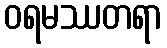
ဝရမဿတရာ